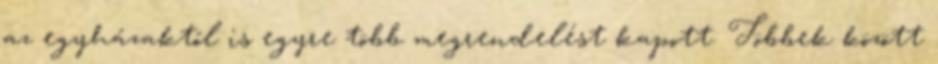
az egyházaktól is egyre több megrendelést kapott. Többek között